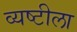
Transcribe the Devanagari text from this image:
व्यष्टीला